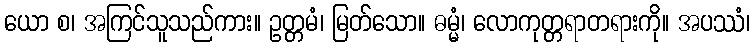
ယော စ၊ အကြင်သူသည်ကား။ ဥတ္တမံ၊ မြတ်သော။ ဓမ္မံ၊ လောကုတ္တရာတရားကို။ အပဿံ၊